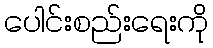
ပေါင်းစည်းရေးကို